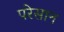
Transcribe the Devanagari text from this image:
परेसान